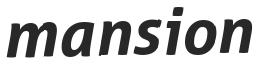
mansion